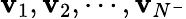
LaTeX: \mathbf{v}_{1},\mathbf{v}_{2},\cdots,\mathbf{v}_{N^{-}}